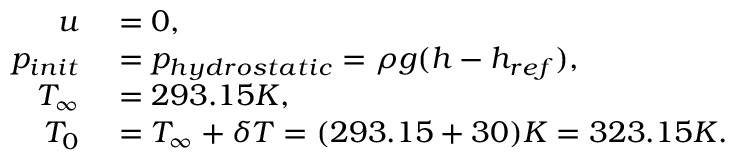
\begin{array} { r l } { \boldsymbol { u } } & { { } = 0 , } \\ { p _ { i n i t } } & { { } = p _ { h y d r o s t a t i c } = \rho g ( h - h _ { r e f } ) , } \\ { T _ { \infty } } & { { } = 2 9 3 . 1 5 K , } \\ { T _ { 0 } } & { { } = T _ { \infty } + \delta T = ( 2 9 3 . 1 5 + 3 0 ) K = 3 2 3 . 1 5 K . } \end{array}